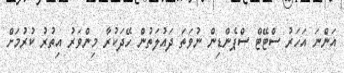
އަންނަ އަހަރު ސްޓޭޓް ސްޕެންޑިން ނުވަތަ ދައުލަތުން ހޭދަކުރާ މިންވަރު އިތުރު ކުރުމަށް